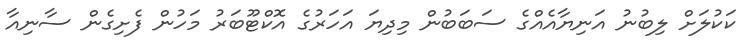
ކަކުލަށް ލިބުނު އަނިޔާއެއްގެ ސަބަބުން މިދިޔަ އަހަރުގެ އޮކްޓޫބަރު މަހުން ފެށިގެން ސާނިއާ